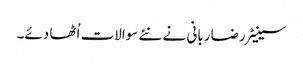
سینیٹر رضا ربانی نے نئے سوالات اُٹھا دئے۔